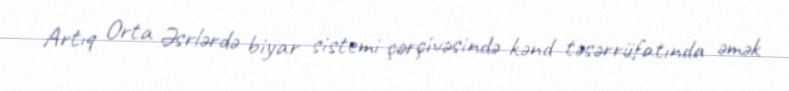
Artıq Orta Əsrlərdə biyar sistemi çərçivəsində kənd təsərrüfatında əmək